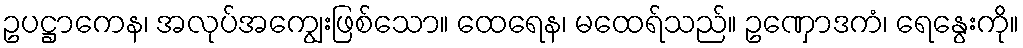
ဥပဋ္ဌာကေန၊ အလုပ်အကျွေးဖြစ်သော။ ထေရေန၊ မထေရ်သည်။ ဥဏှောဒကံ၊ ရေနွေးကို။